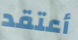
أعتقد